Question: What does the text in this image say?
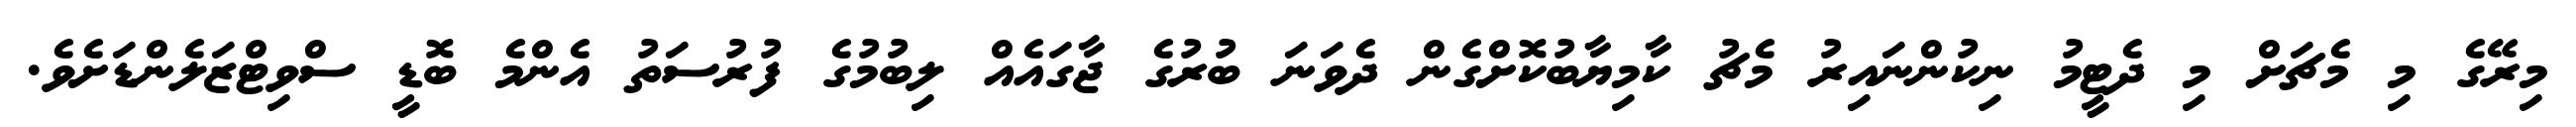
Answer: މިރޭގެ މި މެޗަށް މި ދެޓީމު ނިކުންނައިރު މެޗު ކާމިޔާބުކޮށްގެން ދެވަނަ ބުރުގެ ޖާގައެއް ލިބުމުގެ ފުރުސަތު އެންމެ ބޮޑީ ސްވިޓްޒަލެންޑަށެވެ.